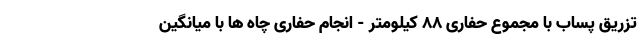
تزریق پساب با مجموع حفاری 88 کیلومتر - انجام حفاری چاه ها با میانگین